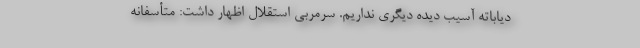
دیاباته آسیب دیده دیگری نداریم. سرمربی استقلال اظهار داشت: متأسفانه